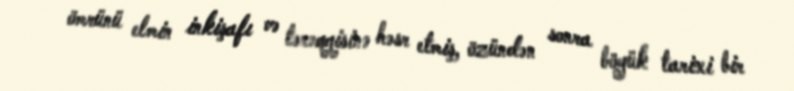
ömrünü elmin inkişafı və tərəqqisinə həsr etmiş, özündən sonra böyük tarixi bir